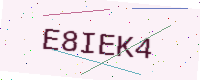
Text: E8IEK4